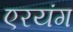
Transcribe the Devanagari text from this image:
एरयंग